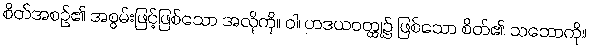
စိတ်အစဉ်၏ အစွမ်းဖြင့်ဖြစ်သော အလိုကို။ ဝါ၊ ဟဒယဝတ္ထု၌ ဖြစ်သော စိတ်၏ သဘောကို။